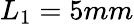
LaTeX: L_{1}=5mm